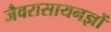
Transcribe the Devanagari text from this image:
जैवरासायनज्ञों